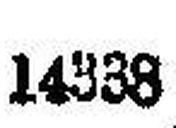
14338